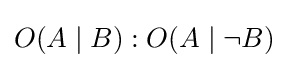
O(A\mid B):O(A\mid \neg B)